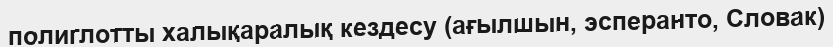
полиглотты халықаралық кездесу (ағылшын, эсперанто, Словак)